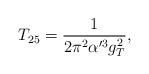
LaTeX: \begin{align*}T_{25} = \frac{1}{2 \pi^2 \alpha'^3 g_T^2},\end{align*}